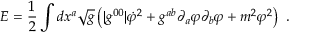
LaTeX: E = { \frac { 1 } { 2 } } \int d x ^ { a } \sqrt { g } \left( | g ^ { 0 0 } | \dot { \varphi } ^ { 2 } + g ^ { a b } \partial _ { a } \varphi \partial _ { b } \varphi + m ^ { 2 } \varphi ^ { 2 } \right) \ .